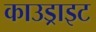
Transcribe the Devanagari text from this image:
काउड्राइट